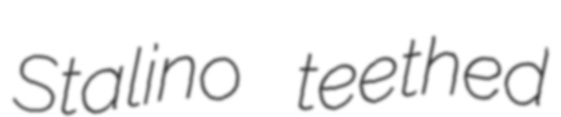
Stalino teethed